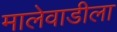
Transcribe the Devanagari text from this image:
मालेवाडीला